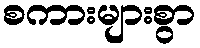
စကားများစွာ